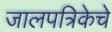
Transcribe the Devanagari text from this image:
जालपत्रिकेचे